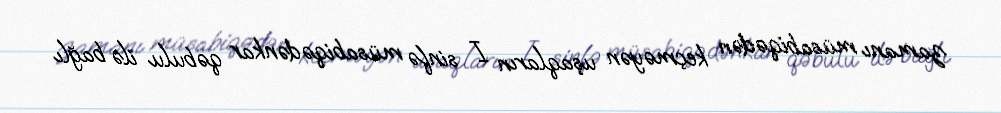
zamanı müsabiqədən keçməyən uşaqların I sinfə müsabiqədənkar qəbulu ilə bağlı